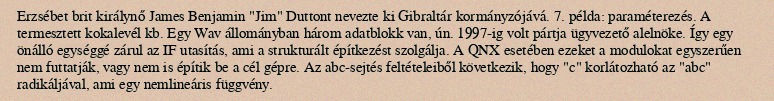
Erzsébet brit királynő James Benjamin "Jim" Duttont nevezte ki Gibraltár kormányzójává. 7. példa: paraméterezés. A termesztett kokalevél kb. Egy Wav állományban három adatblokk van, ún. 1997-ig volt pártja ügyvezető alelnöke. Így egy önálló egységgé zárul az IF utasítás, ami a strukturált építkezést szolgálja. A QNX esetében ezeket a modulokat egyszerűen nem futtatják, vagy nem is építik be a cél gépre. Az abc-sejtés feltételeiből következik, hogy "c" korlátozható az "abc" radikáljával, ami egy nemlineáris függvény.